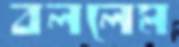
বললেম